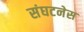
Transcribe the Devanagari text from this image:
संघटनेस